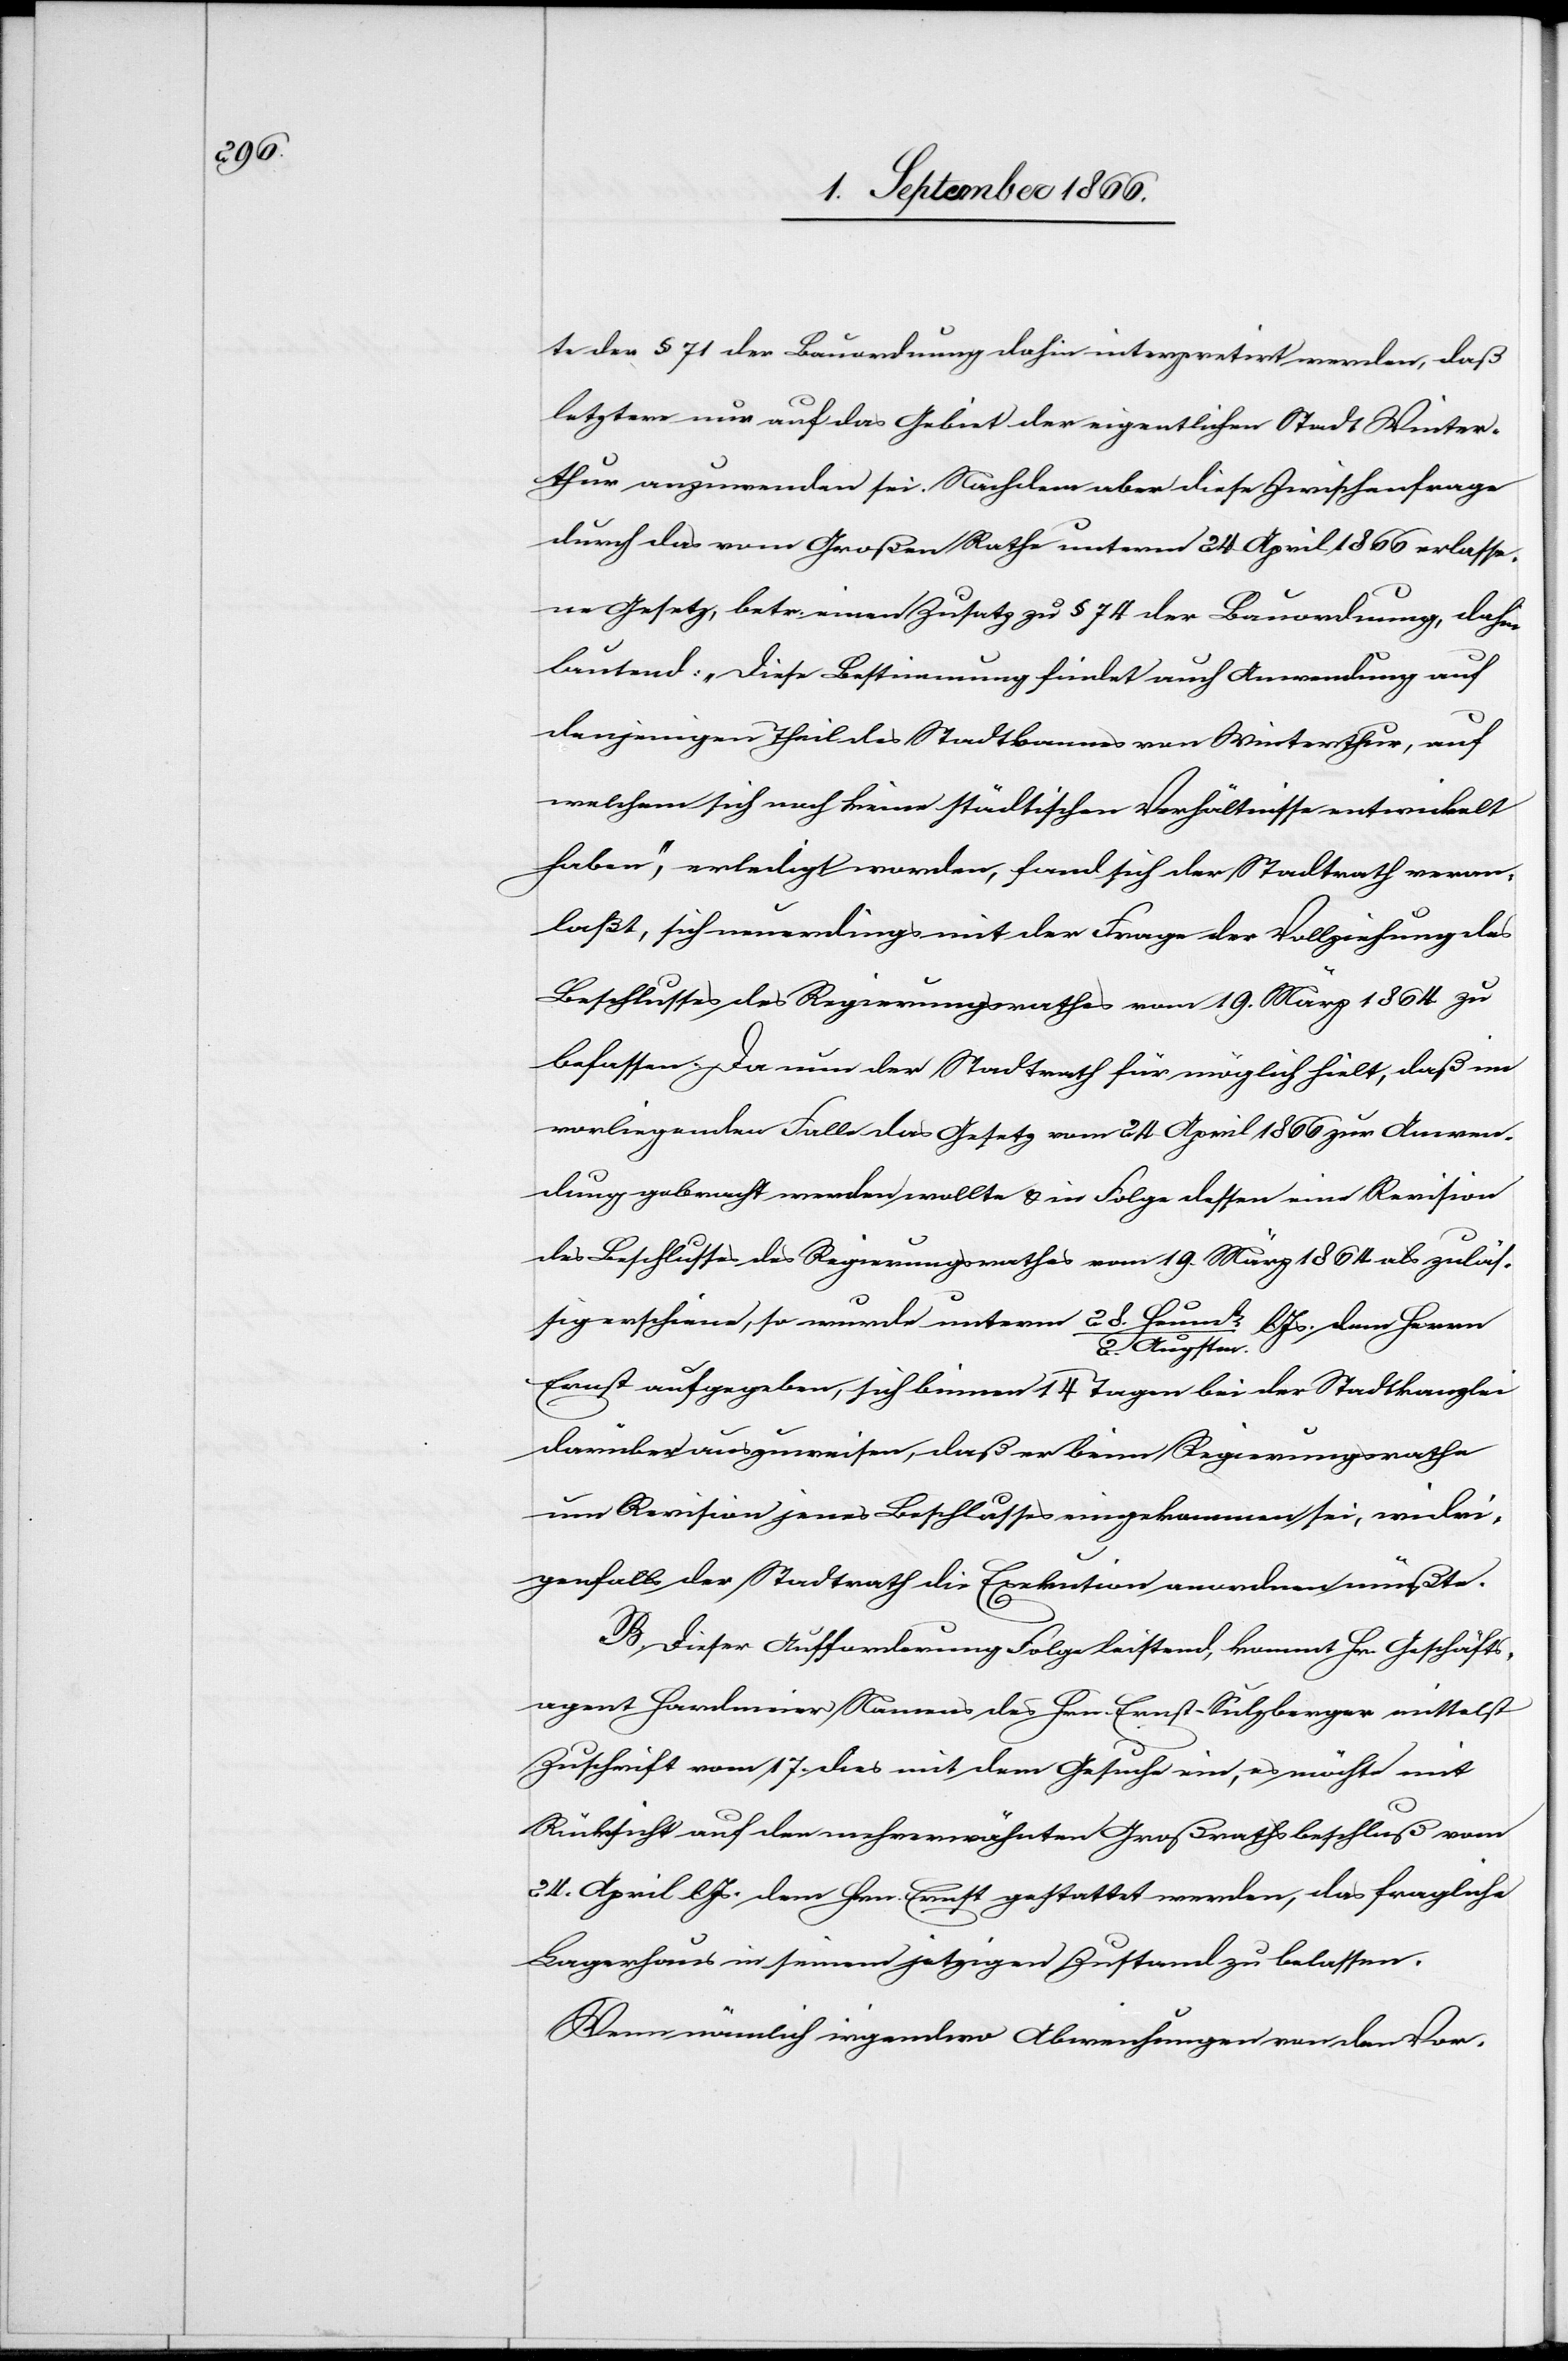
te der § 71 der Bauordnung dahin interpretirt werden, daß
letztere nur auf das Gebiet der eigentlichen Stadt Winter¬
thur anzuwenden sei. Nachdem aber diese Zwischenfrage
durch das vom Großen Rathe unterm 24. April 1866 erlasse¬
ne Gesetz, betr, einen Zusatz zu § 74 der Bauordnung, dahin
lautend: „Diese Bestimmung findet auch Anwendung auf
denjenigen Theil des Stadtbannes von Winterthur, auf
welchem sich noch keine städtischen Verhältnisse entwickelt
haben“, erledigt worden, fand sich der Stadtrath veran¬
laßt, sich neuerdings mit der Frage der Vollziehung des
Beschlusses des Regierungsrathes vom 19. März 1864 zu
befassen. Da nun der Stadtrath für möglich hielt, daß im
vorliegenden Falle das Gesetz vom 24. April 1866 zur Anwen¬
dung gebracht werden wollte u. in Folge dessen eine Revision
des Beschlusses des Regierungsrathes vom 19. März 1864 als zuläs¬
sig erscheine, so wurde unterm 28.
Augstm.
Ernst aufgetragen, sich binnen 14 Tagen bei der Stadtkanzlei
darüber auszuweisen, daß er beim Regierungsrathe
um Revision jenes Beschlusses eingekommen sei, widri¬
genfalls der Stadtrath die Exekution anordnen müßte.
B. Dieser Aufforderung Folge leistend, kommt Hr. Geschäfts¬
agent Hardmeier Namens des Hrn. Ernst-Sulzberger mittelst
Zuschrift vom 17. dies mit dem Gesuche ein, es möchte mit
Rücksicht auf den mehrerwähnten Großrathsbeschluß vom
24. April lJs. dem Hrn. Ernst gestattet werden, das fragliche
Lagerhaus in seinem jetzigen Zustande zu belassen.
Wenn nämlich irgendwo Abweichungen von den Vor-